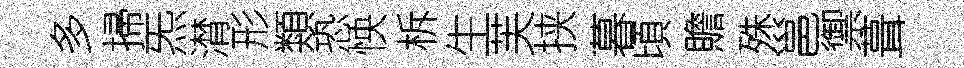
多掃炁潸形類恐怏柝生芙挟暮頃贍殊邕禦葺